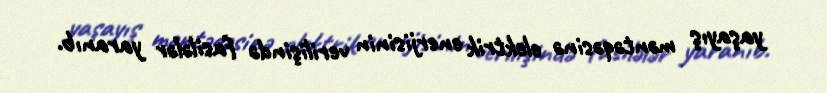
yaşayış məntəqəsinə elektrik enerjisinin verilişində fasilələr yaranıb.